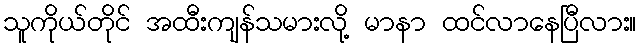
သူကိုယ်တိုင် အထီးကျန်သမားလို့ မာနာ ထင်လာနေပြီလား။